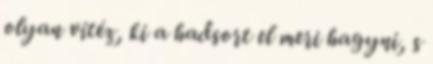
olyan vitéz, ki a hadsort el meri hagyni, s